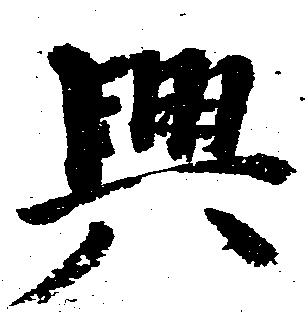
興